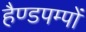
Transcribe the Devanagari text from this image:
हैण्डपम्पों